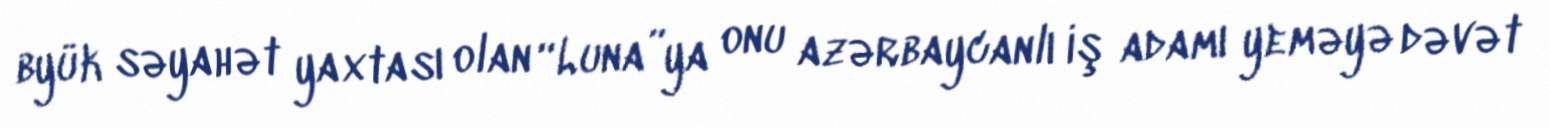
byük səyahət yaxtası olan “Luna”ya onu azərbaycanlı iş adamı yeməyə dəvət